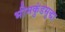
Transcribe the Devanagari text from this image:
भीमकुंडसुद्धा